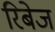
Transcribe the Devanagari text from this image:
रिबेज